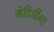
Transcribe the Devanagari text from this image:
मेदिचींना